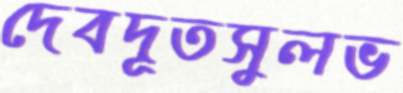
দেবদূতসুলভ